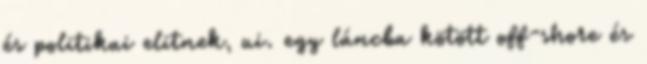
és politikai elitnek, ui. egy láncba kötött off-shore és